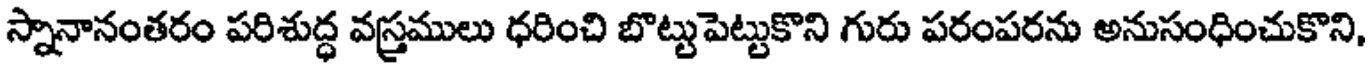
స్నానానంతరం పరిశుద్ధ వస్త్రములు ధరించి బొట్టుపెట్టుకొని గురు పరంపరను అనుసంధించుకొని,